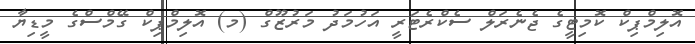
އޮލިމްޕިކް ކޮމިޓީގެ ޖެނެރަލް ސެކްރެޓަރީ އަހުމަދު މަރުޒޫގް (މ) އޮލިމްޕިކް ގޭމްސްގެ މީޑިޔާ